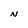
Character: N